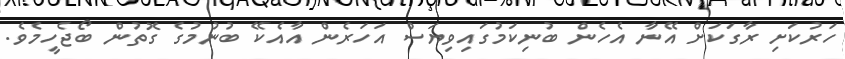
ހަރުކަށި ރާގަކަށް އޭނާ އެހެން ބުނިކަމުގައިވިޔަސް އަހަރެން އާއެކޭ ބުނުމުގެ ގޮތުން ބޯޖެހީމެވެ.